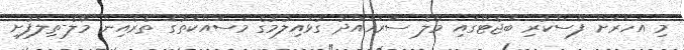
މި އަހަރަށް ފާސްކުރި ބަޖެޓްގައި މާލެ ސަރަހައްދު ގުޅައިލުމުގެ މަސައްކަތުގެ ތެރެއިން މާލެ-ތިލަފުށި